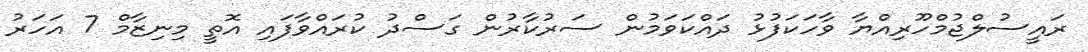
ރައީސުލްޖުމްހޫރިއްޔާ ވާހަކަފުޅު ދައްކަވަމުން ސަރުކާރުން ގަސްދު ކުރައްވާފައި އޮތީ މިނިޒާމް 7 އަހަރު